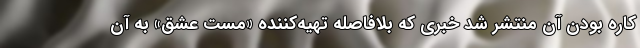
کاره بودن آن منتشر شد خبری که بلافاصله تهیه‌کننده «مست عشق» به آن